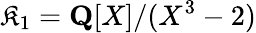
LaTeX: \mathfrak{K}_{1}=\mathbf{{Q}}[X]/(X^{3}-2)